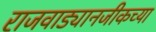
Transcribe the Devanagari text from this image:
राजवाड्यानजीकच्या